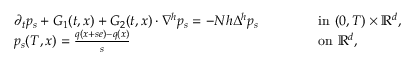
\begin{array} { r l r l } & { \partial _ { t } p _ { s } + G _ { 1 } ( t , x ) + G _ { 2 } ( t , x ) \cdot \nabla ^ { h } p _ { s } = - N h \Delta ^ { h } p _ { s } \qquad } & & { \mathrm { ~ i n ~ } ( 0 , T ) \times { \mathbb { R } } ^ { d } , } \\ & { p _ { s } ( T , x ) = \frac { q ( x + s e ) - q ( x ) } { s } \qquad } & & { \mathrm { ~ o n ~ } { \mathbb { R } } ^ { d } , } \end{array}